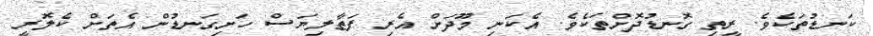
ކަނޑުތަކެވެ. ރީތި ގޮނޑުދޮށްތަކެވެ. އެކަނި މޫދަށް އެރި ފަތާލިޔަސް ހަށިގަނޑުން އެތަށް ކެލޮރީ